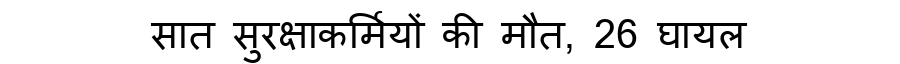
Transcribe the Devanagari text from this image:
सात सुरक्षाकर्मियों की मौत, 26 घायल